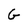
Character: G